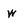
Character: w